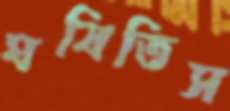
ঘষিতিস